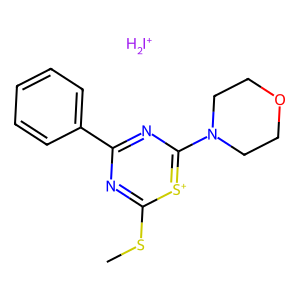
SMILES: CSc1nc(-c2ccccc2)nc(N2CCOCC2)[s+]1.[IH2+]
Inhibits HIV replication: No